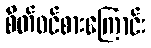
စိတ်ဝင်စားကြောင်း